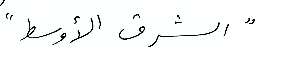
"الشرق الأوسط"